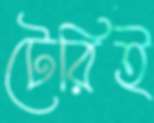
টেরিই